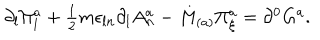
\partial _ { l } \Pi _ { l } ^ { a } + \textstyle { \frac { 1 } { 2 } } m \epsilon _ { l n } \partial _ { l } A _ { n } ^ { a } - M _ { ( a ) } \Pi _ { \xi } ^ { a } = \partial ^ { 0 } G ^ { a } .